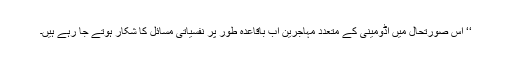
‘‘ اس صورتحال میں اڈومینی کے متعدد مہاجرین اب باقاعدہ طور پر نفسیاتی مسائل کا شکار ہوتے جا رہے ہیں۔